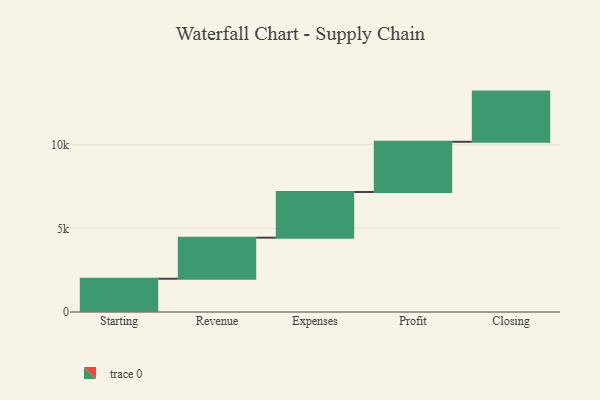
{"axis": {"x": "Step", "y": "Value"}, "legend": [""], "data": [{"x": "Starting", "y": 1988.0, "type": ""}, {"x": "Revenue", "y": 2455.0, "type": ""}, {"x": "Expenses", "y": 2731.0, "type": ""}, {"x": "Profit", "y": 3000, "type": ""}, {"x": "Closing", "y": 3000, "type": ""}]}